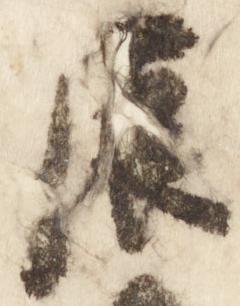
辰